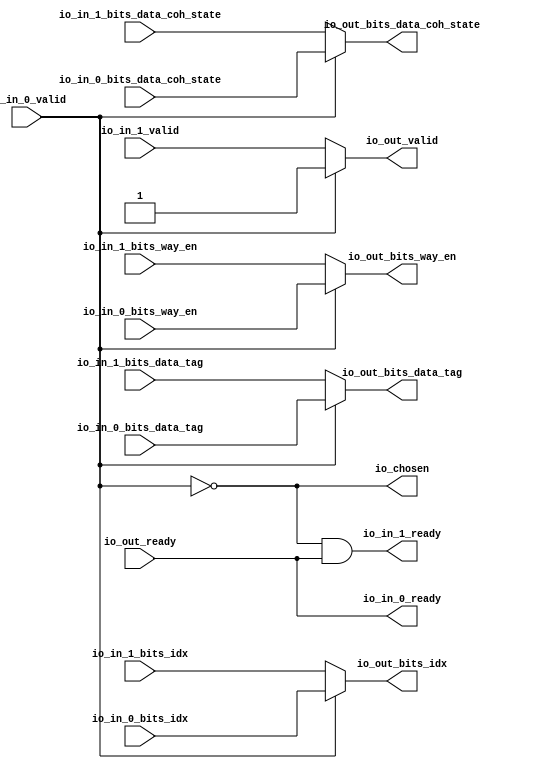
module Arbiter_1
(
  io_in_1_ready,
  io_in_1_valid,
  io_in_1_bits_idx,
  io_in_1_bits_way_en,
  io_in_1_bits_data_tag,
  io_in_1_bits_data_coh_state,
  io_in_0_ready,
  io_in_0_valid,
  io_in_0_bits_idx,
  io_in_0_bits_way_en,
  io_in_0_bits_data_tag,
  io_in_0_bits_data_coh_state,
  io_out_ready,
  io_out_valid,
  io_out_bits_idx,
  io_out_bits_way_en,
  io_out_bits_data_tag,
  io_out_bits_data_coh_state,
  io_chosen
);

  input [5:0] io_in_1_bits_idx;
  input [3:0] io_in_1_bits_way_en;
  input [19:0] io_in_1_bits_data_tag;
  input [1:0] io_in_1_bits_data_coh_state;
  input [5:0] io_in_0_bits_idx;
  input [3:0] io_in_0_bits_way_en;
  input [19:0] io_in_0_bits_data_tag;
  input [1:0] io_in_0_bits_data_coh_state;
  output [5:0] io_out_bits_idx;
  output [3:0] io_out_bits_way_en;
  output [19:0] io_out_bits_data_tag;
  output [1:0] io_out_bits_data_coh_state;
  input io_in_1_valid;
  input io_in_0_valid;
  input io_out_ready;
  output io_in_1_ready;
  output io_in_0_ready;
  output io_out_valid;
  output io_chosen;
  wire [5:0] io_out_bits_idx;
  wire [3:0] io_out_bits_way_en;
  wire [19:0] io_out_bits_data_tag;
  wire [1:0] io_out_bits_data_coh_state;
  wire io_in_1_ready,io_in_0_ready,io_out_valid,io_chosen,N0,N1,io_out_ready,T7;
  assign io_in_0_ready = io_out_ready;
  assign io_chosen = ~io_in_0_valid;
  assign io_out_bits_data_coh_state = (N0)? io_in_1_bits_data_coh_state : 
                                      (N1)? io_in_0_bits_data_coh_state : 1'b0;
  assign N0 = io_chosen;
  assign N1 = io_in_0_valid;
  assign io_out_bits_data_tag = (N0)? io_in_1_bits_data_tag : 
                                (N1)? io_in_0_bits_data_tag : 1'b0;
  assign io_out_bits_way_en = (N0)? io_in_1_bits_way_en : 
                              (N1)? io_in_0_bits_way_en : 1'b0;
  assign io_out_bits_idx = (N0)? io_in_1_bits_idx : 
                           (N1)? io_in_0_bits_idx : 1'b0;
  assign io_out_valid = (N0)? io_in_1_valid : 
                        (N1)? io_in_0_valid : 1'b0;
  assign io_in_1_ready = T7 & io_out_ready;
  assign T7 = ~io_in_0_valid;

endmodule